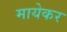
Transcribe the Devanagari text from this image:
मायेकर